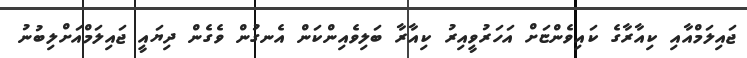
ޖައިލަމްއާއި ކިއާރާގެ ކައިވެންޏަށް އަހަރުވީއިރު ކިއާރާ ބަލިވެއިންކަން އެނގުން ވެގެން ދިޔައީ ޖައިލަމްއަށްލިބުނު